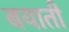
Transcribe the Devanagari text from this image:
बयाती